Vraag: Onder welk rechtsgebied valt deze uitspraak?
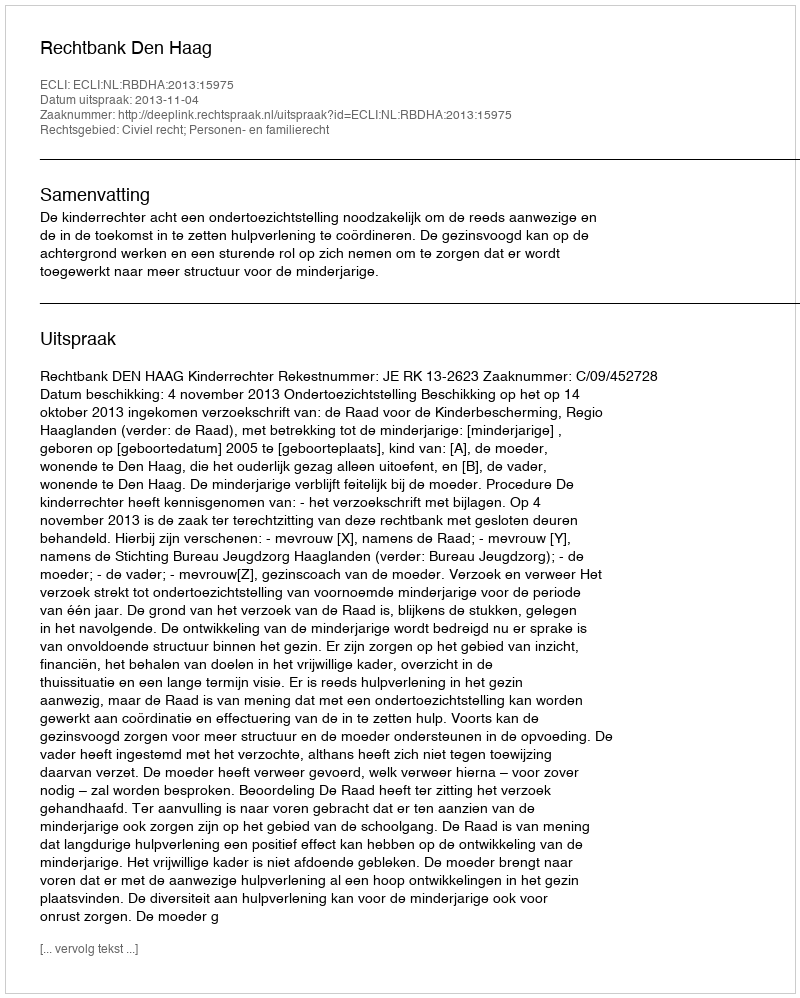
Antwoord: Civiel recht; Personen- en familierecht